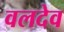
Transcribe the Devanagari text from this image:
वलदेव